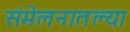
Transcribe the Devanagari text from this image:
संमेलनातल्या